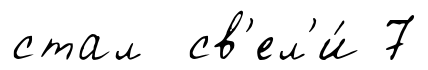
стал св'ел'и́ 7